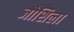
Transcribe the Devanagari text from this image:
जोशिला